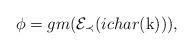
LaTeX: \begin{align*}\phi =gm( \mathcal{E}_{\prec} (ichar({\mathrm{k}}))),\end{align*}